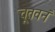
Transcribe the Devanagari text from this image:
चूतवनं